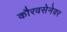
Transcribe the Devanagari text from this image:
कौरवसेनेवर